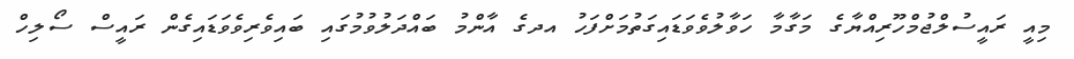
މިއީ ރައީސުލްޖުމްހޫރިއްޔާގެ މަގާމާ ހަވާލުވެވަޑައިގަތުމަށްފަހު އދގެ އާންމު ބައްދަލުވުމުގައި ބައިވެރިވެވަޑައިގެން ރައީސް ސޯލިހް